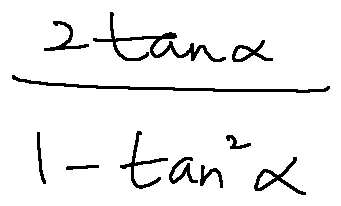
\frac { 2 \tan \alpha } { 1 - \tan ^ { 2 } \alpha }